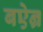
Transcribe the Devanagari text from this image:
बऐन्र